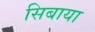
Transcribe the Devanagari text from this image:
सिबाया